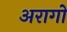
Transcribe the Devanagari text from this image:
अरागो